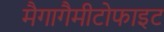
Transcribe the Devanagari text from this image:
मैगागैमीटोफाइट